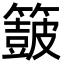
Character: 𮆟